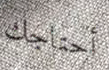
أحتاجك